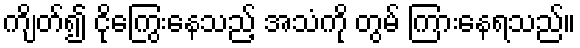
ကျိတ်၍ ငိုကြွေးနေသည့် အသံကို တွမ် ကြားနေရသည်။